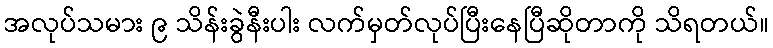
အလုပ်သမား ၉ သိန်းခွဲနီးပါး လက်မှတ်လုပ်ပြီးနေပြီဆိုတာကို သိရတယ်။